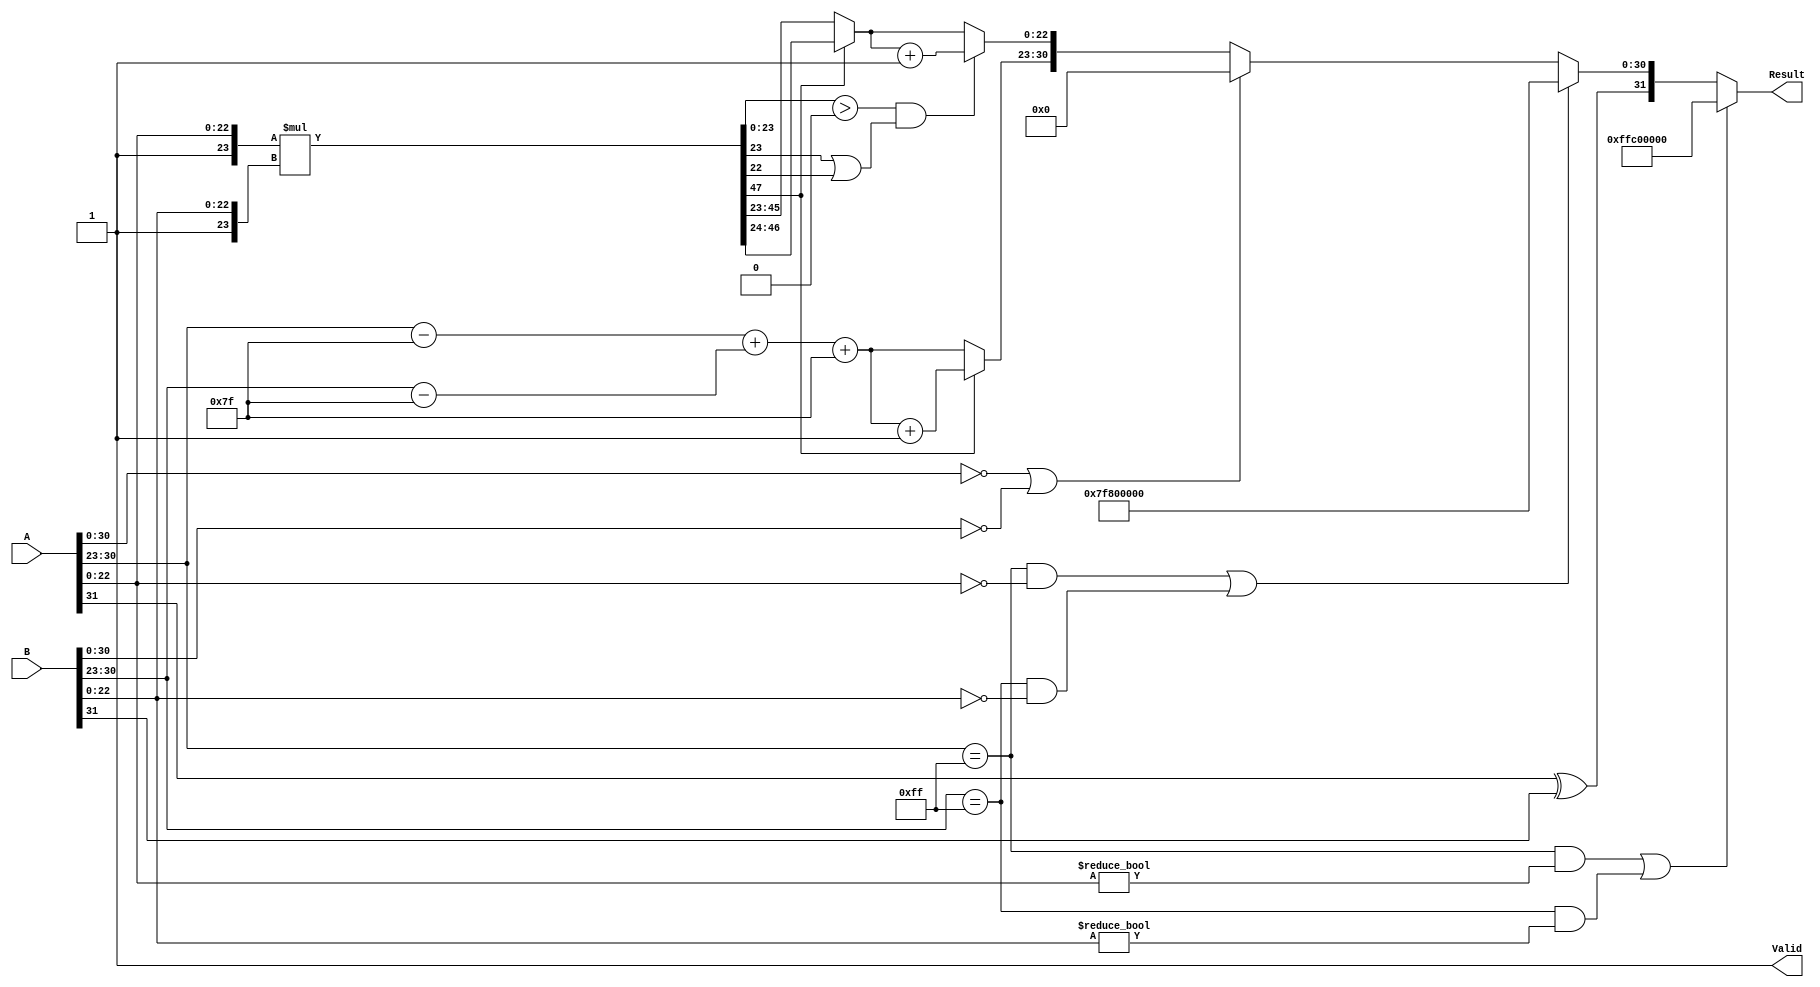
module FloatMultiplier (
    input  wire [31:0] A,        // First floating-point input
    input  wire [31:0] B,        // Second floating-point input
    output reg  [31:0] Result,   // Output result
    output reg          Valid      // Output valid flag
);

    // Constants
    parameter BIAS = 127;
    parameter EXP_WIDTH = 8;
    parameter MANT_WIDTH = 23;

    // Temporary variables
    reg sign_a, sign_b, sign_result;
    reg [EXP_WIDTH-1:0] exp_a, exp_b, exp_result;
    reg [MANT_WIDTH:0] mant_a, mant_b, mant_result; // mantissa with implicit leading 1
    reg [47:0] product; // Enough bits for mantissa multiplication
    reg [7:0] temp_exp; // Temporary exponent storage
    reg zero_a, zero_b, inf_a, inf_b, nan_a, nan_b;

    // Extracting sign, exponent, and mantissa
    always @* begin
        // Extract sign, exponent and mantissa
        sign_a = A[31];
        exp_a = A[30:23];
        mant_a = {1'b1, A[22:0]}; // Add implicit 1 for normalized numbers
        sign_b = B[31];
        exp_b = B[30:23];
        mant_b = {1'b1, B[22:0]}; // Add implicit 1 for normalized numbers

        // Check for special cases
        zero_a = (A[30:0] == 0);
        zero_b = (B[30:0] == 0);
        inf_a = (exp_a == 8'hFF) && (A[22:0] == 0);
        inf_b = (exp_b == 8'hFF) && (B[22:0] == 0);
        nan_a = (exp_a == 8'hFF) && (A[22:0] != 0);
        nan_b = (exp_b == 8'hFF) && (B[22:0] != 0);
    end

    // Main computation
    always @* begin
        Valid = 1'b0; // Default output valid to false

        // Handle special cases
        if (nan_a || nan_b) begin
            // If either operand is NaN, the result is NaN
            Result = {1'b1, 8'hFF, 23'h400000}; // NaN representation
            Valid = 1'b1;
        end else if (inf_a || inf_b) begin
            // If either operand is infinity, the result is infinity
            Result = {sign_a ^ sign_b, 8'hFF, 23'h000000}; // Infinity representation
            Valid = 1'b1;
        end else if (zero_a || zero_b) begin
            // If either operand is zero, the result is zero
            Result = {sign_a ^ sign_b, 8'h00, 23'h000000}; // Zero representation
            Valid = 1'b1;
        end else begin
            // Normal case: Perform multiplication
            sign_result = sign_a ^ sign_b;

            // Exponent calculation
            temp_exp = (exp_a - BIAS) + (exp_b - BIAS) + BIAS;            
            exp_result = temp_exp[7:0]; // Store result exponent

            // Mantissa multiplication
            product = mant_a * mant_b; // 24 bits * 24 bits = 48 bits
            
            // Normalization of product
            if (product[47]) begin
                mant_result = product[46:24]; // Shift right
                exp_result = exp_result + 1; // Adjust exponent for normalization
            end else begin
                mant_result = product[45:23]; // Use upper bits for mantissa
            end
            
            // Rounding
            if ((product[23:0] > 24'd0) && ((product[23] == 1'b1) || (product[22] == 1'b1))) begin
                mant_result = mant_result + 1; // Round up if necessary
            end

            // Final assembly of the result
            Result = {sign_result, exp_result, mant_result[MANT_WIDTH-1:0]};
            Valid = 1'b1; // Set to true since output is valid
        end
    end
endmodule